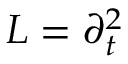
L = \partial _ { t } ^ { 2 }